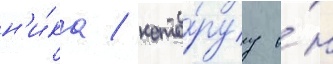
н'и́ка / кото́руу о́н